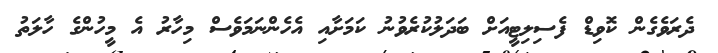
ދެރަވެގެން ކޮވިޑް ފެސިލިޓީއަށް ބަދަލުކުރެވުނު ކަމަށާއި އެހެންނަމަވެސް މިހާރު އެ މީހުންގެ ހާލަތު